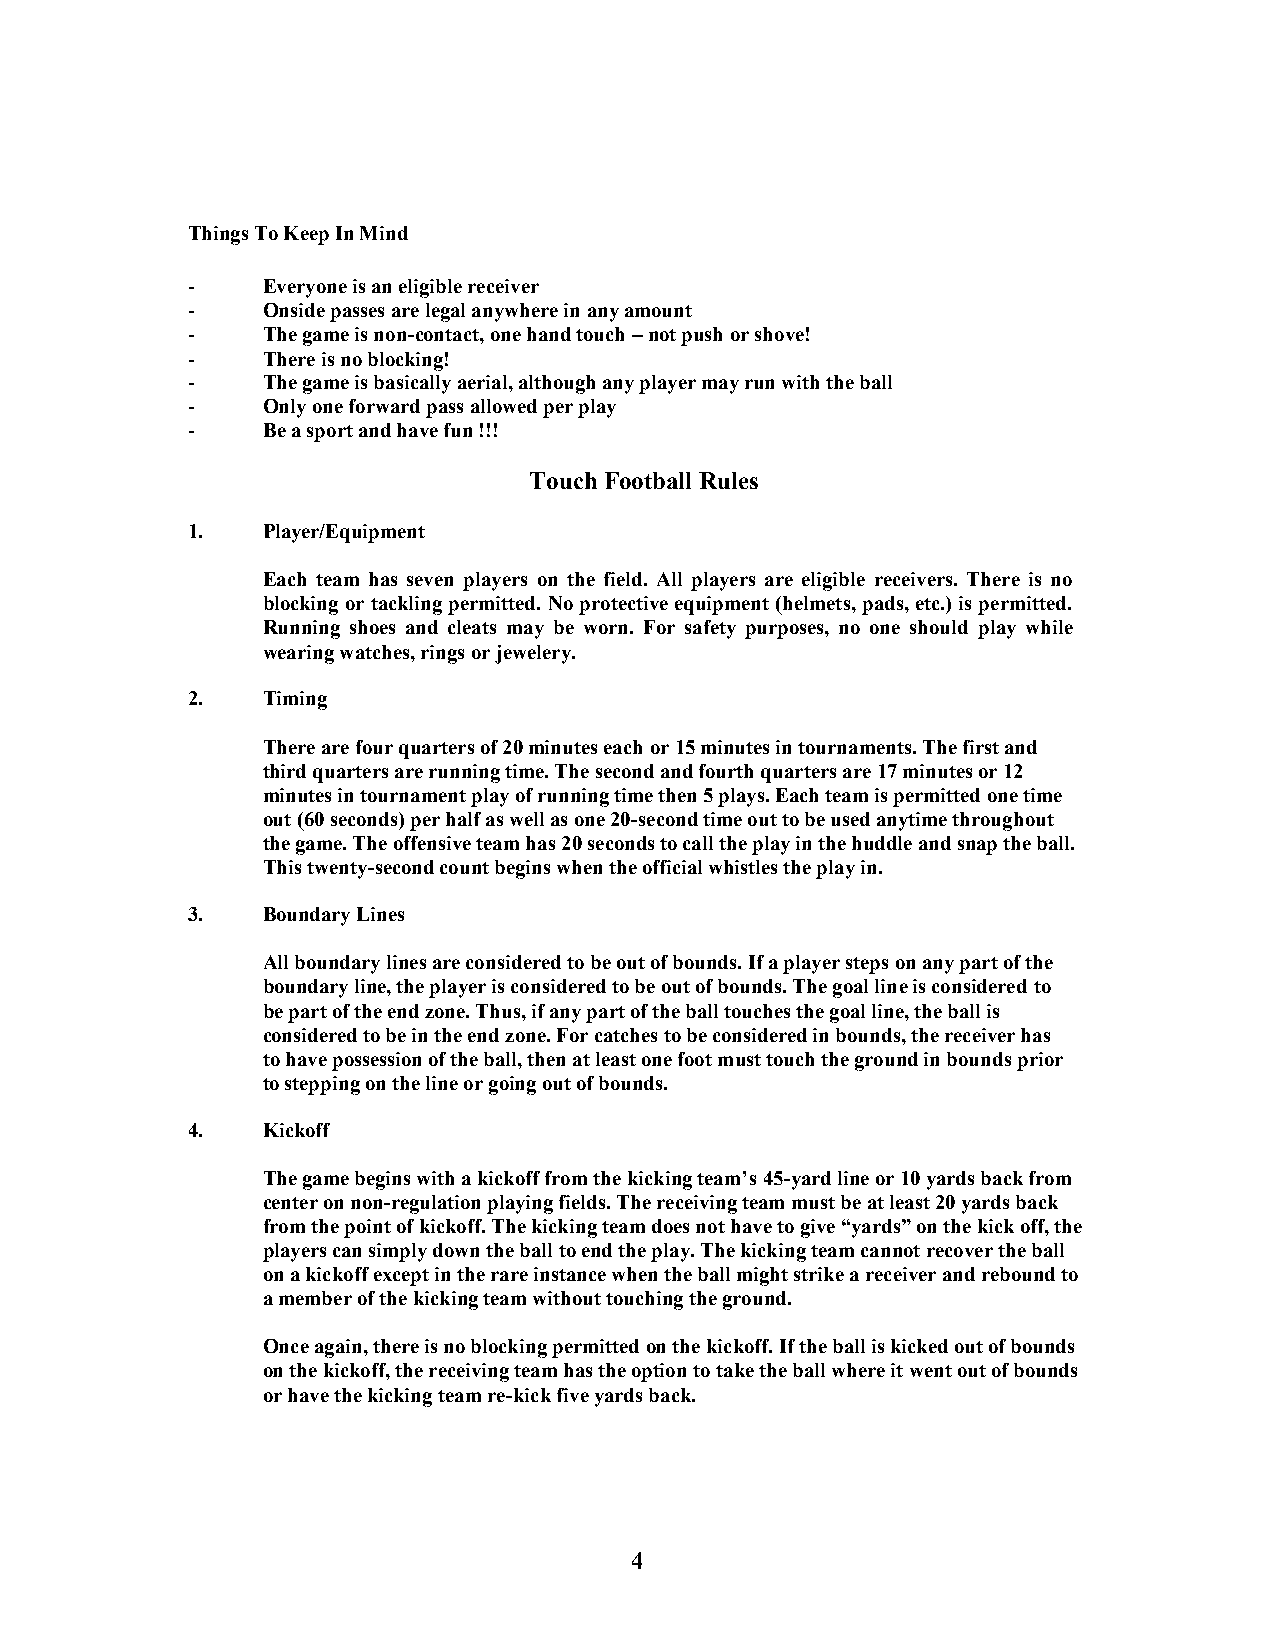
Things To Keep In Mind
 -    Everyone is an eligible receiver
 -    Onside passes are legal anywhere in any amount
 -    The game is non-contact, one hand touch – not push or shove!
 -    There is no blocking!
 -    The game is basically aerial, although any player may run with the ball
 -    Only one forward pass allowed per play
 -    Be a sport and have fun !!!
 Touch Football Rules
 1.   Player/Equipment
 Each team has seven players on the field. All players are eligible receivers. There is no
 blocking or tackling permitted. No protective equipment (helmets, pads, etc.) is permitted.
 Running shoes and cleats may be worn. For safety purposes, no one should play while
 wearing watches, rings or jewelery.
 2.   Timing
 There are four quarters of 20 minutes each or 15 minutes in tournaments. The first and
 third quarters are running time. The second and fourth quarters are 17 minutes or 12
 minutes in tournament play of running time then 5 plays. Each team is permitted one time
 out (60 seconds) per half as well as one 20-second time out to be used anytime throughout
 the game. The offensive team has 20 seconds to call the play in the huddle and snap the ball.
 This twenty-second count begins when the official whistles the play in.
 3.   Boundary Lines
 All boundary lines are considered to be out of bounds. If a player steps on any part of the
 boundary line, the player is considered to be out of bounds. The goal line is considered to
 be part of the end zone. Thus, if any part of the ball touches the goal line, the ball is
 considered to be in the end zone. For catches to be considered in bounds, the receiver has
 to have possession of the ball, then at least one foot must touch the ground in bounds prior
 to stepping on the line or going out of bounds.
 4.   Kickoff
 The game begins with a kickoff from the kicking team’s 45-yard line or 10 yards back from
 center on non-regulation playing fields. The receiving team must be at least 20 yards back
 from the point of kickoff. The kicking team does not have to give “yards” on the kick off, the
 players can simply down the ball to end the play. The kicking team cannot recover the ball
 on a kickoff except in the rare instance when the ball might strike a receiver and rebound to
 a member of the kicking team without touching the ground.
 Once again, there is no blocking permitted on the kickoff. If the ball is kicked out of bounds
 on the kickoff, the receiving team has the option to take the ball where it went out of bounds
 or have the kicking team re-kick five yards back.
 4